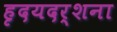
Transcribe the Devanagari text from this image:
हृदयदर्शना